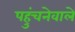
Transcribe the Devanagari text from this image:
पहुंचनेवाले